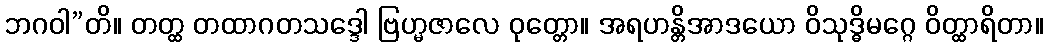
ဘဂဝါ”တိ။ တတ္ထ တထာဂတသဒ္ဒေါ ဗြဟ္မဇာလေ ဝုတ္တော။ အရဟန္တိအာဒယော ဝိသုဒ္ဓိမဂ္ဂေ ဝိတ္ထာရိတာ။